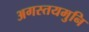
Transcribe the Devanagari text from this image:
अगस्तयमुनि